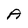
Character: A